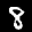
Label: 8